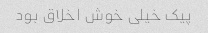
پیک خیلی خوش اخلاق بود